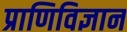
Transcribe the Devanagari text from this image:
प्राणिविज्ञान